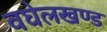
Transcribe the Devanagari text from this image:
वघेलखण्ड